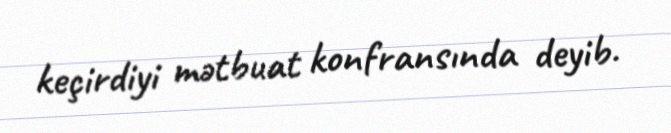
keçirdiyi mətbuat konfransında deyib.